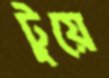
টুয়ে